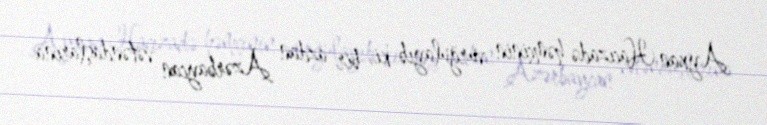
Ayxan Hacızadə həmçinin vurğulayıb ki, bir azdan Azərbaycan vətəndaşlarına